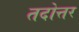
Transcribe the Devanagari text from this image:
तदोत्तर